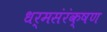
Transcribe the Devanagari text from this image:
धर्मसंरंक्षण